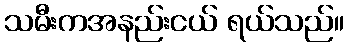
သမီးကအနည်းငယ် ရယ်သည်။